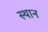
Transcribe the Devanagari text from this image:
स्‍थान